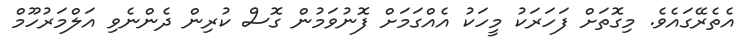
އެތެރޭގައެވެ. މިގޮތަށް ފަހަރަކު މީހަކު އެއްގަމަށް ފޮނުވަމުން ގޮސް ކުރިން ދެންނެވި އަލްމަރުހޫމް